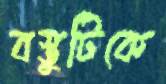
বস্তুটিকে